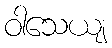
ဝါသေယျ